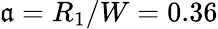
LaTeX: \mathfrak{a}=R_{1}/W=0.36